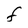
Character: F